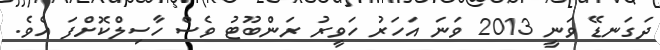
ދަގަނޑޭ ވަނީ 2013 ވަނަ އަހަރު ހަވީރު ރަންބޫޓު ވެސް ހާސިލްކޮށްފަ އެވެ.